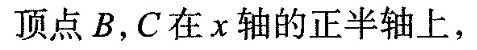
顶点B，C在x轴的正半轴上，